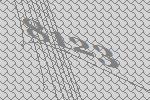
8123